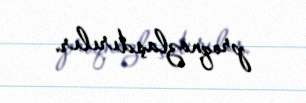
proqnozlaşdırılır.